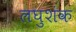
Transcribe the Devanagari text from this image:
लघुशंक